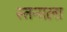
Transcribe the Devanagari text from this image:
स्तनाला